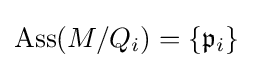
\operatorname {Ass} (M/Q_{i})=\{{\mathfrak {p}}_{i}\}